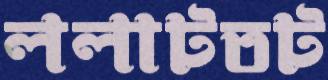
ললাটতট